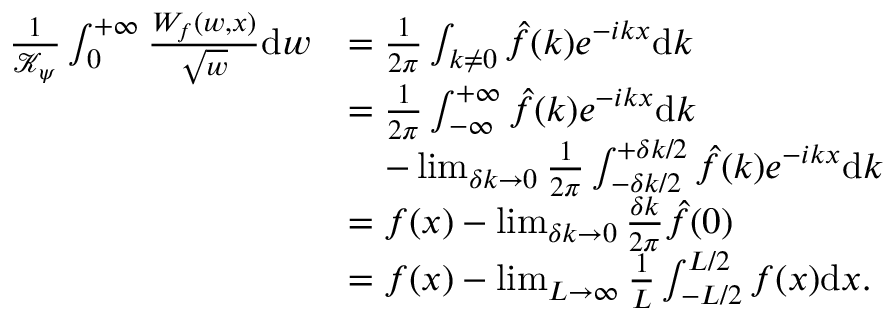
\begin{array} { r l } { \frac { 1 } { \mathcal { K } _ { \psi } } \int _ { 0 } ^ { + \infty } \frac { W _ { f } ( w , x ) } { \sqrt { w } } \mathrm { d } w } & { = \frac { 1 } { 2 \pi } \int _ { k \neq 0 } \hat { f } ( k ) e ^ { - i k x } \mathrm { d } k } \\ & { = \frac { 1 } { 2 \pi } \int _ { - \infty } ^ { + \infty } \hat { f } ( k ) e ^ { - i k x } \mathrm { d } k } \\ & { \quad - \operatorname* { l i m } _ { \delta k \rightarrow 0 } \frac { 1 } { 2 \pi } \int _ { { - } \delta k / 2 } ^ { { + } \delta k / 2 } \hat { f } ( k ) e ^ { - i k x } \mathrm { d } k } \\ & { = f ( x ) - \operatorname* { l i m } _ { \delta k \rightarrow 0 } \frac { \delta k } { 2 \pi } \hat { f } ( 0 ) } \\ & { = f ( x ) - \operatorname* { l i m } _ { L \rightarrow \infty } \frac { 1 } { L } \int _ { - L / 2 } ^ { L / 2 } f ( x ) \mathrm { d } x . } \end{array}